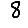
Digit: 8